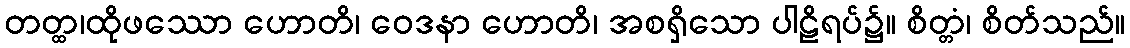
တတ္ထ၊ထိုဖဿော ဟောတိ၊ ဝေဒနာ ဟောတိ၊ အစရှိသော ပါဠိရပ်၌။ စိတ္တံ၊ စိတ်သည်။